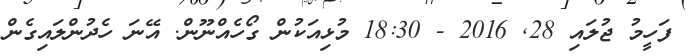
ފަހީމު ޖުލައި 28